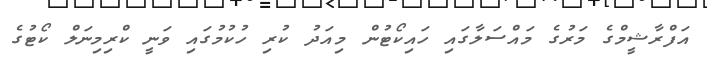
އަފްރާޝީމްގެ މަރުގެ މައްސަލާގައި ހައިކޯޓުން މިއަދު ކުރި ހުކުމުގައި ވަނީ ކްރިމިނަލް ކޯޓުގެ